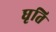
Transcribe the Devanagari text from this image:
घृति